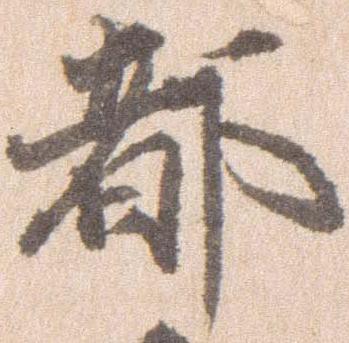
都